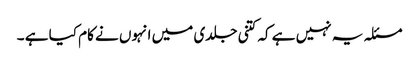
مسئلہ یہ نہیں ہے کہ کتنی جلدی میں انہوں نے کام کیا ہے ۔